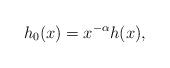
LaTeX: \begin{align*}h_0(x)=x^{-\alpha}h (x), \end{align*}